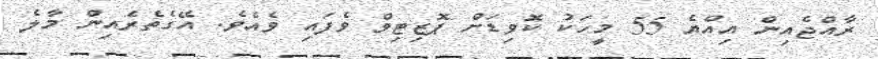
ރާއްޖެއިން އިއްޔެ 55 މީހަކު ކޮވިޑަށް ޕޮޒިޓިވް ވެފައި ވެއެވެ. އޭގެތެރެއިން މާލެ